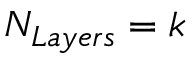
N _ { L a y e r s } = k